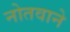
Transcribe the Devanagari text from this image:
नोतवाने